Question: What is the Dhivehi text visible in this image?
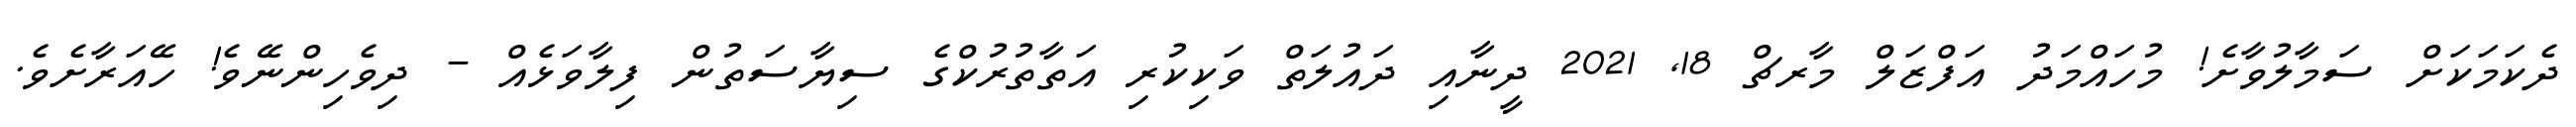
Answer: ދެކަމަކަށް ސަމާލުވާށެ! މުހައްމަދު އަފްޒަލް މާރޗް 18, 2021 ދީނާއި ދައުލަތް ވަކިކުރި އަތާތުރުކްގެ ސިޔާސަތުން ފިލާވަޅެއް - ދިވެހިންނޭވެ! ހޭއަރާށެވެ.